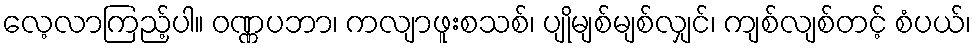
လေ့လာကြည့်ပါ။ ဝဏ္ဏပဘာ၊ ကလျာဖူးစသစ်၊ ပျိုမျစ်မျစ်လျှင်၊ ကျစ်လျစ်တင့် စံပယ်၊